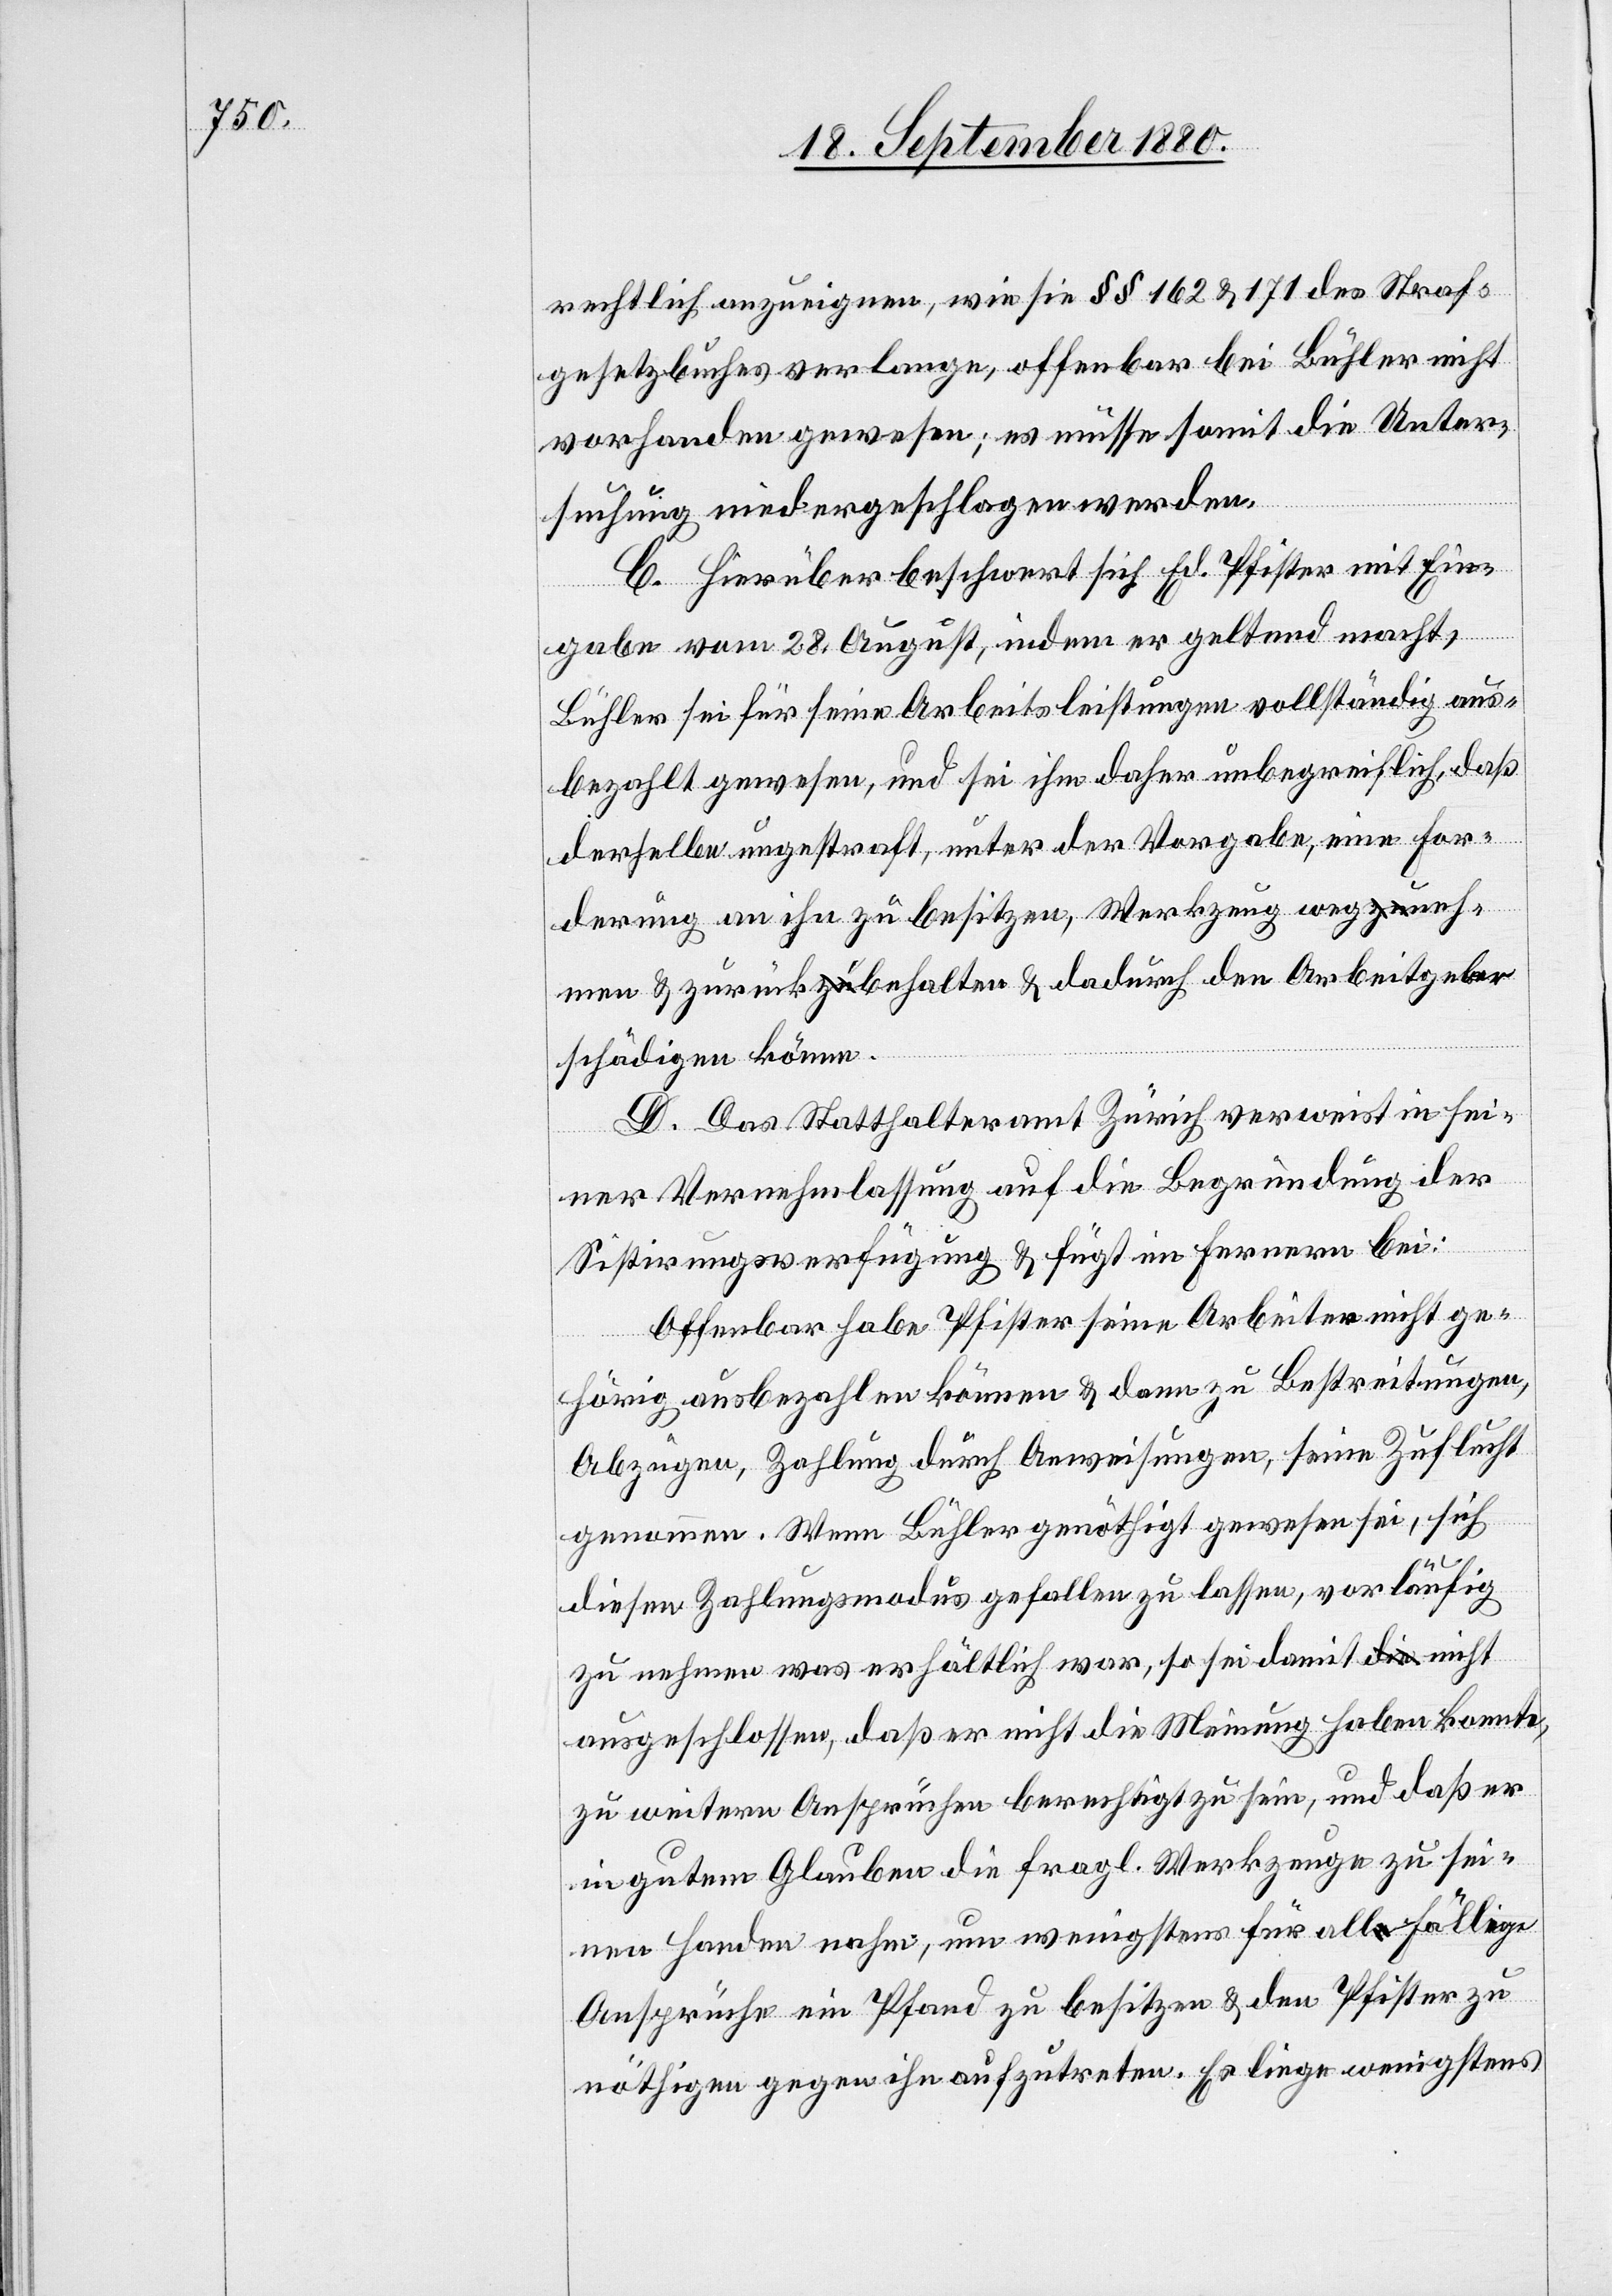
rechtlich anzueignen, wie sie §§ 162 & 171 des Straf¬
gesetzbuches verlange, offenbar bei Bühler nicht
vorhanden gewesen; es müsse somit die Unter¬
suchung niedergeschlagen werden.
C. Hierüber beschwert sich Ed. Pfister mit Ein¬
gabe vom 28. August, indem er geltend macht,
Bühler sei für seine Arbeitsleistungen vollständig aus¬
bezahlt gewesen, und sei ihm daher unbegreiflich, daß
derselbe ungestraft, unter der Vorgabe, eine For¬
derung an ihn zu besitzen, Werkzeug wegneh¬
men & zurückbehalten & dadurch den Arbeitgeber
schädigen könne.
D. Das Statthalteramt Zürich verweist in sei¬
ner Vernehmlassung auf die Begründung der
Sistirungsverfügung & fügt im Fernern bei:
Offenbar habe Pfister seine Arbeiter nicht ge¬
hörig ausbezahlen können & dann zu Bestreitungen,
Abzügen, Zahlung durch Anweisungen, seine Zuflucht
genommen. Wenn Bühler genöthigt gewesen sei, sich
diesen Zahlungsmodus gefallen zu lassen, vorläufig
zu nehmen was erhältlich war, so sei damit nicht
ausgeschlossen, daß er nicht die Meinung haben konnte,
zu weiteren Ansprüchen berechtigt zu sein, und daß er
in gutem Glauben die fragl. Werkzeuge zu sei¬
nen Handen nahm, um wenigstens für allfällige
Ansprüche ein Pfand zu besitzen & den Pfister zu
nöthigen gegen ihn aufzutreten. Es liege wenigstens